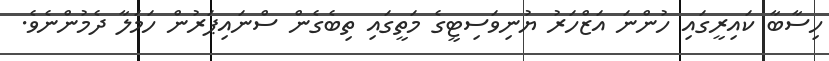
ހިސާބާ ކައިރީގައި ހުންނަ އަޒްހަރު ޔުނިވަސިޓީގެ މަތީގައި ތިބެގެން ސްނައިޕަރުން ހަމަލާ ދެމުންނެވެ.